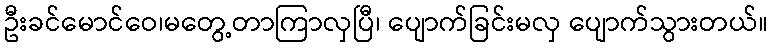
ဦးခင်မောင်ဝေ၊မတွေ့တာကြာလှပြီ၊ ပျောက်ခြင်းမလှ ပျောက်သွားတယ်။